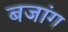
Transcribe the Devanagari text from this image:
बजांग